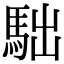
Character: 𩢎